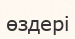
өздері